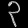
Digit: ၃